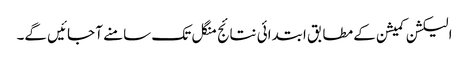
الیکشن کمیشن کے مطابق ابتدائی نتائج منگل تک سامنے آ جائیں گے۔